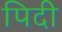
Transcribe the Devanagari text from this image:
पिदी